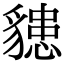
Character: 𧴊